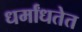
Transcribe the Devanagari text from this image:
धर्मांधतेत